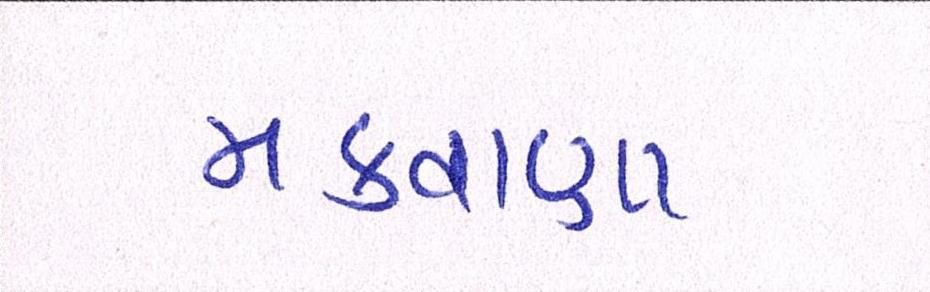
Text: મકવાણા